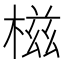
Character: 𣕜